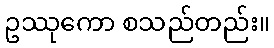
ဥဿုကော စသည်တည်း။